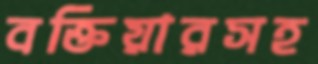
বক্তিয়ারসহ